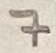
Text: 7